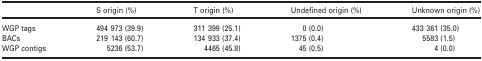
<table><thead><tr><td></td><td><b>S origin (%)</b></td><td><b>T origin (%)</b></td><td><b>Undefined origin (%)</b></td><td><b>Unknown origin (%)</b></td></tr></thead><tbody><tr><td>WGP tags</td><td>494 973 (39.9)</td><td>311 399 (25.1)</td><td>0 (0.0)</td><td>433 361 (35.0)</td></tr><tr><td>BACs</td><td>219 143 (60.7)</td><td>134 933 (37.4)</td><td>1375 (0.4)</td><td>5583 (1.5)</td></tr><tr><td>WGP contigs</td><td>5236 (53.7)</td><td>4465 (45.8)</td><td>45 (0.5)</td><td>4 (0.0)</td></tr></tbody></table>